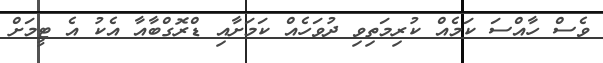
ވެސް ހާއްސަ ކަމެއް ކުރިމަތިވި ދުވަހެއް ކަމަށާއި ޑްރޮގްބާއާ އެކު އެ ޓީމަށް